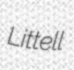
Littell